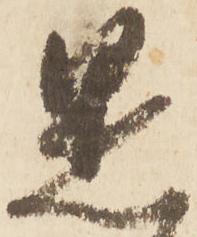
是